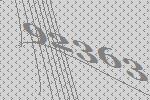
92363